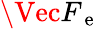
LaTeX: \Vec{F}_{\mathrm{~e~}}